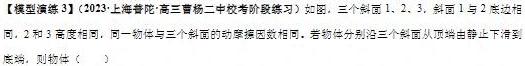
【模型演练 3】(2023·上海普陀·高三曹杨二中校考阶段练习)如图，三个斜面 1、2、3，斜面 1 与底边相同，2 和 3 高度相同，同一物体与三个斜面的动摩擦因数相同。若物体分别沿三个斜面从顶端由静止下滑到